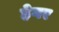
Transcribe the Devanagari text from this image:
हेगर